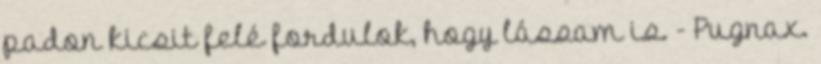
padon kicsit felé fordulok, hogy lássam is. - Pugnax.